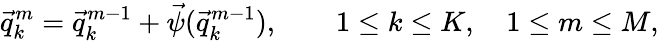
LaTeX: \vec{q}_{k}^{m}=\vec{q}_{k}^{m-1}+\vec{\psi}(\vec{q}_{k}^{m-1}),\qquad 1\leq k\leq K,\quad 1\leq m\leq M,